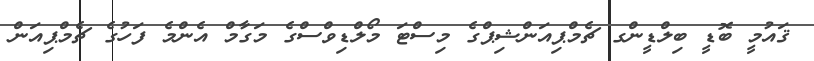
ޤައުމީ ބޮޑީ ބިލްޑީންގ ޗެމްޕިއަންޝިޕްގެ މިސްޓަ މޯލްޑިވްސްގެ މަގާމް އެންމެ ފަހުގެ ޗެމްޕިއަން